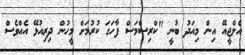
އެލްޖީއޭ އިން މިއަދު ބުނީ "ކްރިސްމަސް ފާހަގަ ކުރުމަށް މީހުން ދިރިއުޅޭ އެއްވެސް